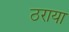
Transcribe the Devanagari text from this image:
ठराया